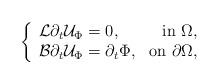
LaTeX: \begin{align*} \left\{ \begin{array}{lr} \mathcal L\mathcal \partial_t\mathcal U_\Phi=0, &\mbox{in }\Omega,\\ \mathcal B\mathcal \partial_t\mathcal U_\Phi=\partial_t\Phi, &\mbox{on }\partial\Omega, \end{array} \right.\end{align*}